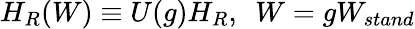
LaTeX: H_{R}(W)\equiv U(g)H_{R},\, \, \, W=gW_{stand}